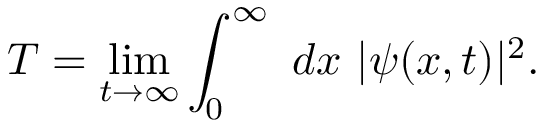
T = \operatorname* { l i m } _ { t \rightarrow \infty } \int _ { 0 } ^ { \infty } \ d x \ | \psi ( x , t ) | ^ { 2 } .